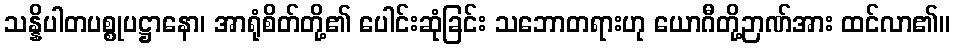
သန္နိပါတပစ္စုပဋ္ဌာနော၊ အာရုံစိတ်တို့၏ ပေါင်းဆုံခြင်း သဘောတရားဟု ယောဂီတို့ဉာဏ်အား ထင်လာ၏။